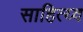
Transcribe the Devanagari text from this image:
साहित्य्व